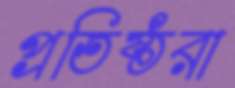
প্রতিষ্ঠরা